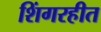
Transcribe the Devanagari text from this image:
शिंगरहीत